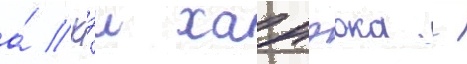
а́ кэи ханэока -